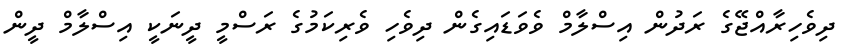
ދިވެހިރާއްޖޭގެ ރަދުން އިސްލާމް ވެވަޑައިގެން ދިވެހި ވެރިކަމުގެ ރަސްމީ ދީނަކީ އިސްލާމް ދީން